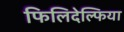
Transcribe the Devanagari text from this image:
फिलिदेल्फिया